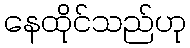
နေထိုင်သည်ဟု